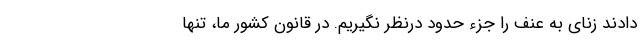
دادند زنای به عنف را جزء حدود درنظر نگیریم. در قانون کشور ما، تنها